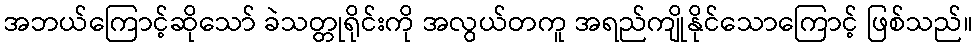
အဘယ်ကြောင့်ဆိုသော် ခဲသတ္တုရိုင်းကို အလွယ်တကူ အရည်ကျိုနိုင်သောကြောင့် ဖြစ်သည်။